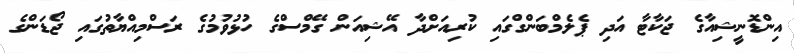
އިންޑޮނީޝިއާގެ ޖަކާޓާ އަދި ޕެލެމްބަންގްގައި ކުރިއަށްދާ އޭޝިއަން ގޭމްސްގެ ހުޅުވުމުގެ ރަސްމިއްޔާތުގައި ޖޯޑަންގެ